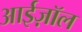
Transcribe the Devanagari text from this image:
आईज़ॉल